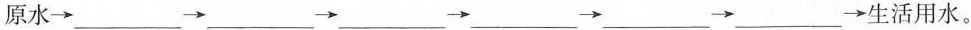
原水\rightarrow___\rightarrow___\rightarrow___\rightarrow___\rightarrow___\rightarrow___\rightarrow生活用水。